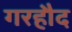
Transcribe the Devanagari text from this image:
गरहौद